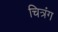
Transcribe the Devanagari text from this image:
चित्रंग